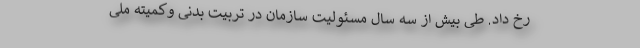
رخ داد. طی بیش از سه سال مسئولیت سازمان در تربیت بدنی وکمیته ملی